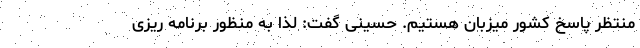
منتظر پاسخ کشور میزبان هستیم. حسینی گفت: لذا به منظور برنامه ریزی